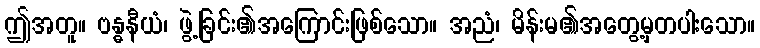
ဤအတူ။ ဗန္ဓနီယံ၊ ဖွဲ့ခြင်း၏အကြောင်းဖြစ်သော။ အညံ၊ မိန်းမ၏အတွေ့မှတပါးသော။